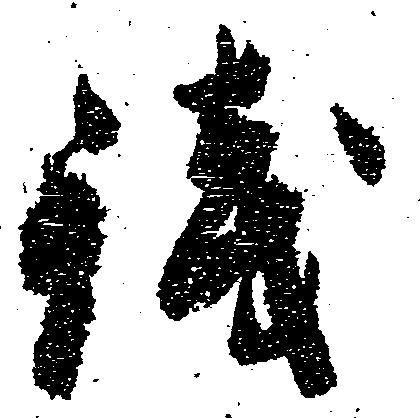
銭